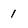
Character: 1